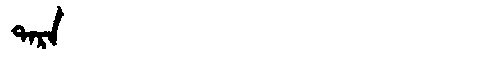
Manchu: ᡨᠠᡵᠠ
Romanization: TARA